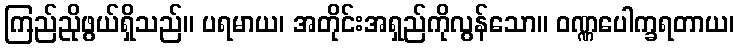
ကြည်ညိုဖွယ်ရှိသည်။ ပရမာယ၊ အတိုင်းအရှည်ကိုလွန်သော။ ဝဏ္ဏပေါက္ခရတာယ၊